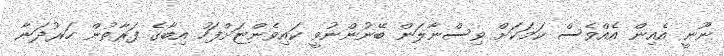
ނޫނީ އެއިން އެއްވެސް ކަމަކަށް ވިސްނާލަން ބޭނުންނުވީ ކައިވެންޏަށްފަހު އިބާގެ ފަރާތުން ހަރުދަނާ